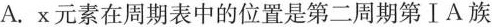
A.x元素在周期表中的位置是第二周期第ⅠA族